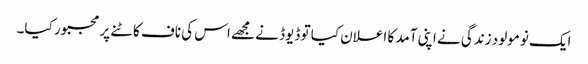
ایک نومولود زندگی نے اپنی آمد کا اعلان کیا تو ڈیوڈ نے مجھے اس کی ناف کاٹنے پر مجبور کیا۔